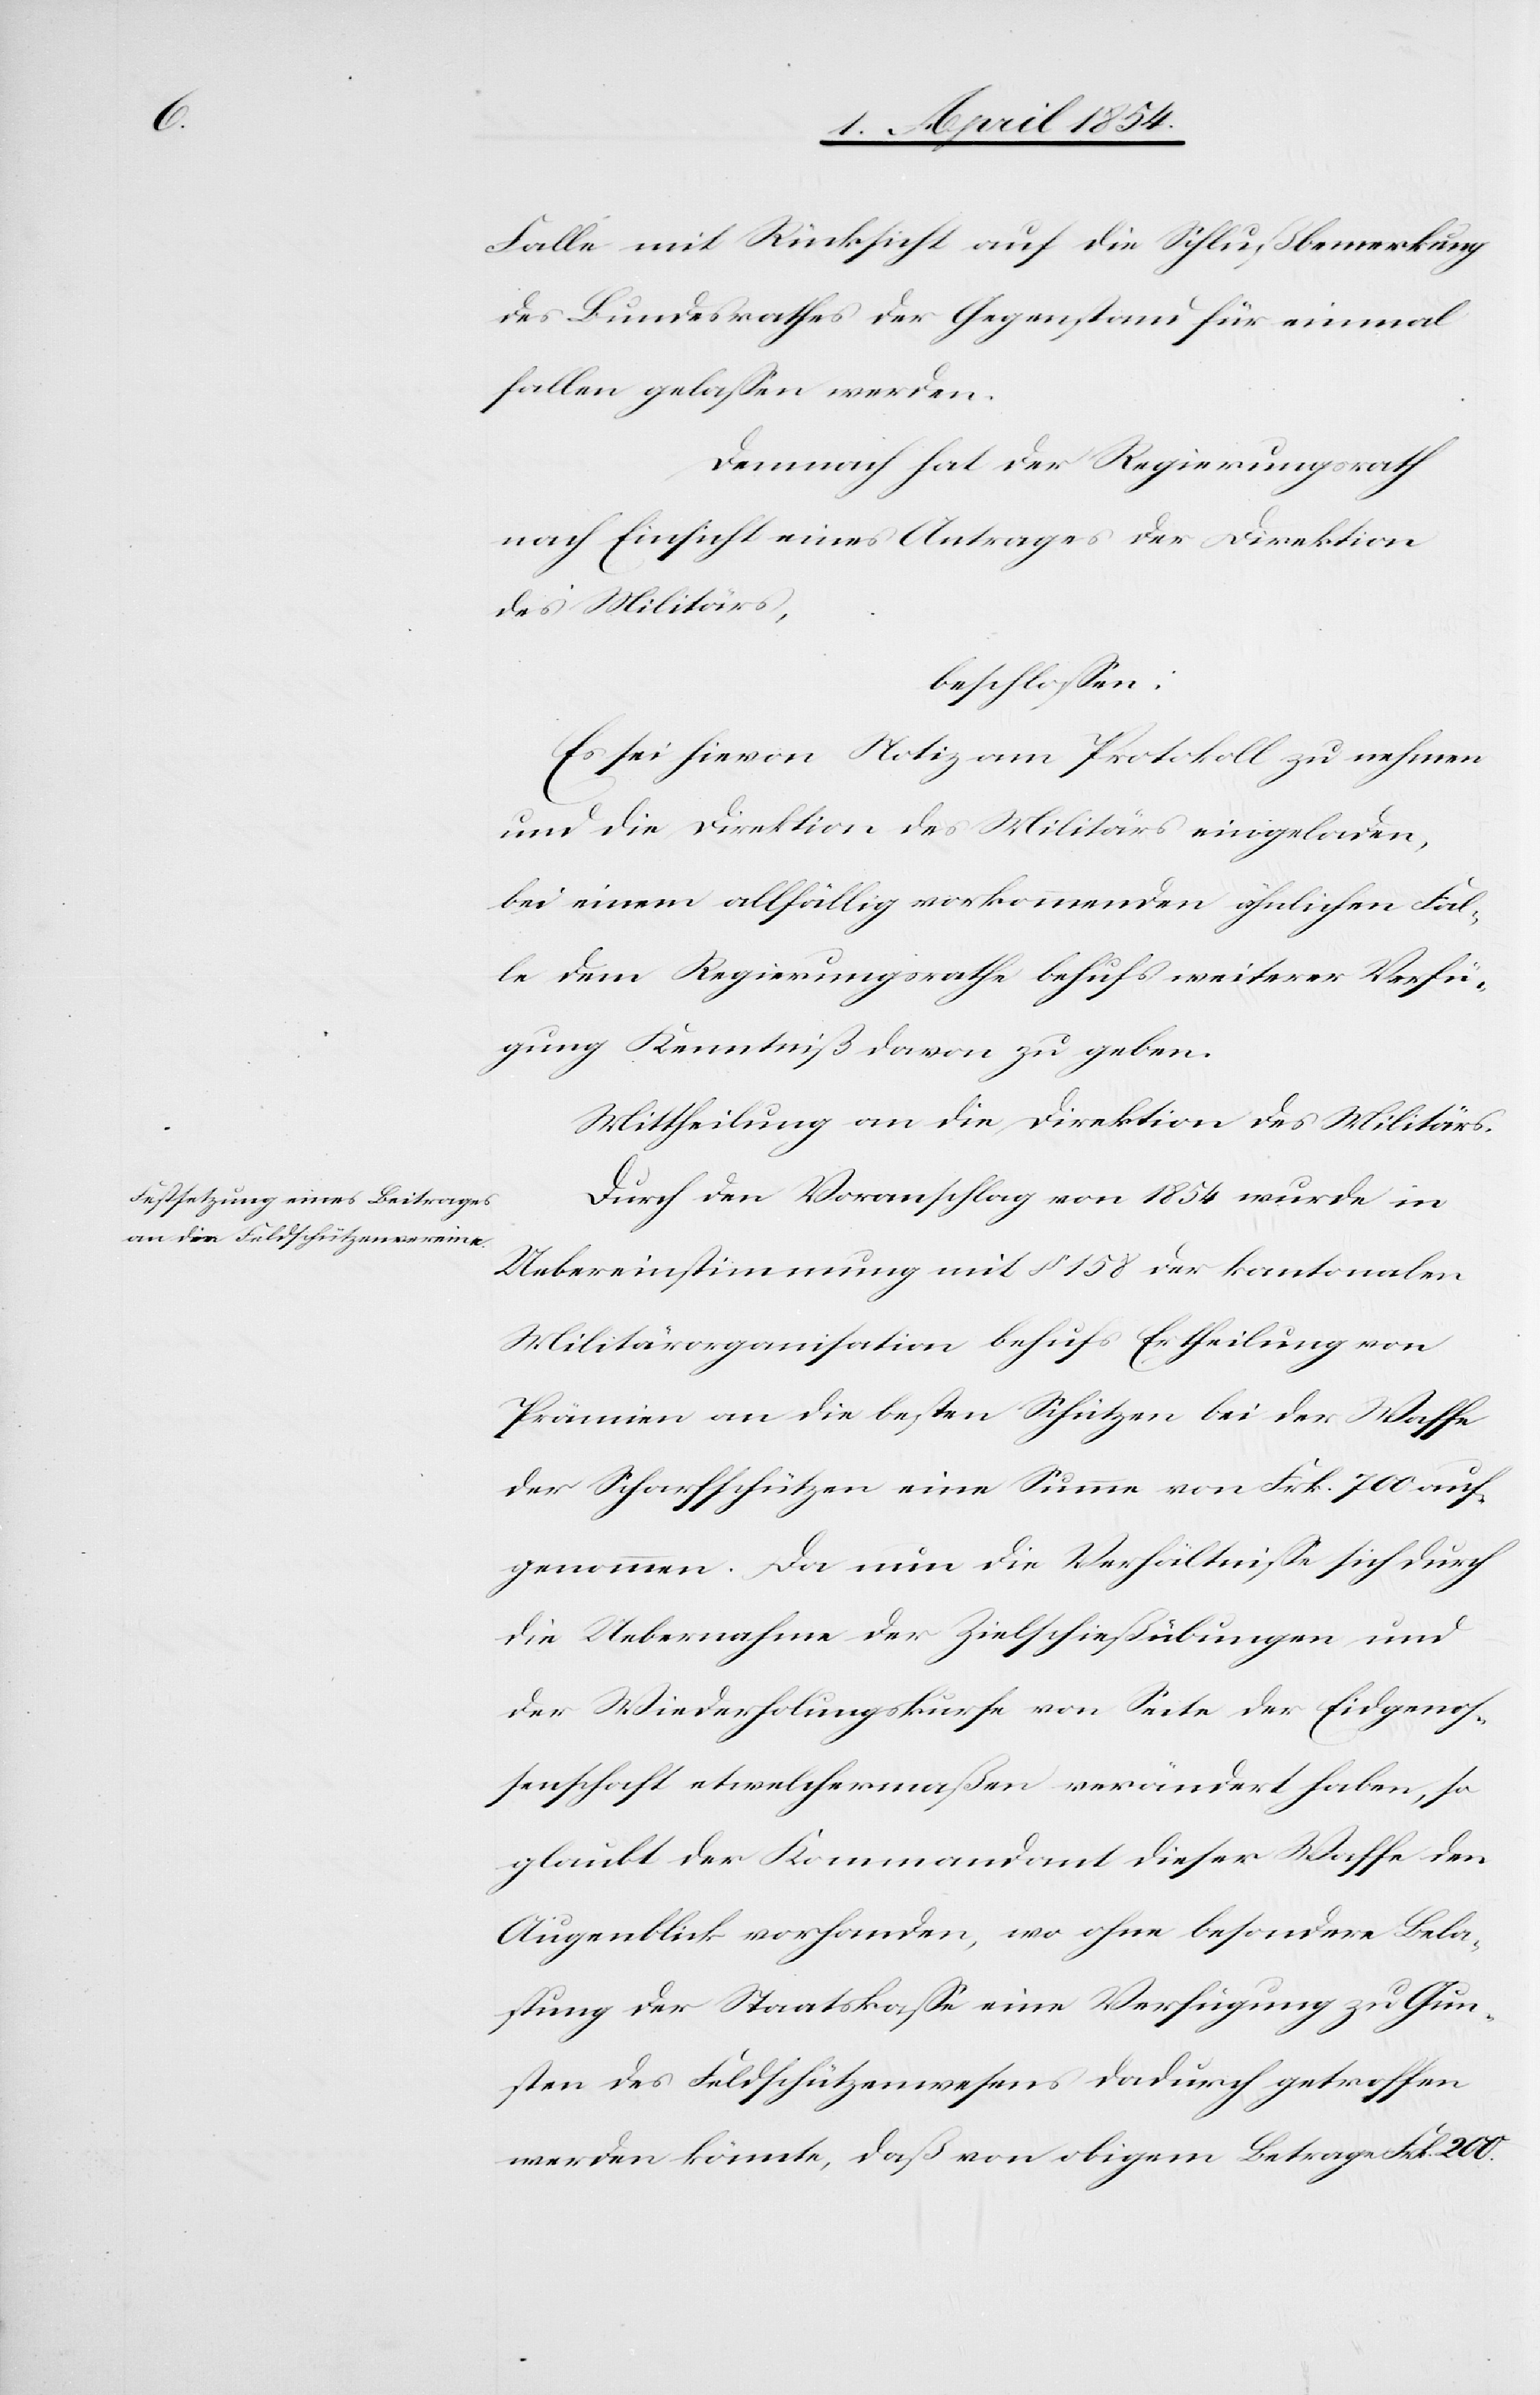
Falle mit Rücksicht auf die Schlußbemerkung
des Bundesrathes der Gegenstand für einmal
fallen gelaßen werden.
Demnach hat der Regierungsrath
nach Einsicht eines Antrages der Direktikon
des Militärs,
beschloßen:
Es sei hievon Notiz am Protokoll zu nehmen
und die Direktion des Militärs eingeladen,
bei einem allfällig vorkommenden ähnlichen Fal¬
le dem Regierungsrathe behufs weiterer Verfü¬
gung Kenntniß davon zu geben.
Mittheilung an die Direktion des Militärs.
Durch den Voranschlag von 1854 wurde in
Uebereinstimmung mit § 158 der kantonalen
Militärorganisation behufs Ertheilung von
Prämien an die besten Schützen bei der Waffe
der Scharfschützen eine Summe von Frk. 700 auf¬
genommen. Da nun die Verhältniße sich durch
die Uebernahme der Zielschießübungen und
der Wiederholungskurse von Seite der Eidgenos¬
senschaft etwelchermaßen verändert haben, so
glaubt der Kommandant dieser Waffe den
Augenblick vorhanden, wo ohne besondere Bela¬
stung der Staatskaße eine Verfügung zu Gun¬
sten des Feldschützenwesens dadurch getroffen
werden könnte, daß von obigem Betrage Frk. 200.